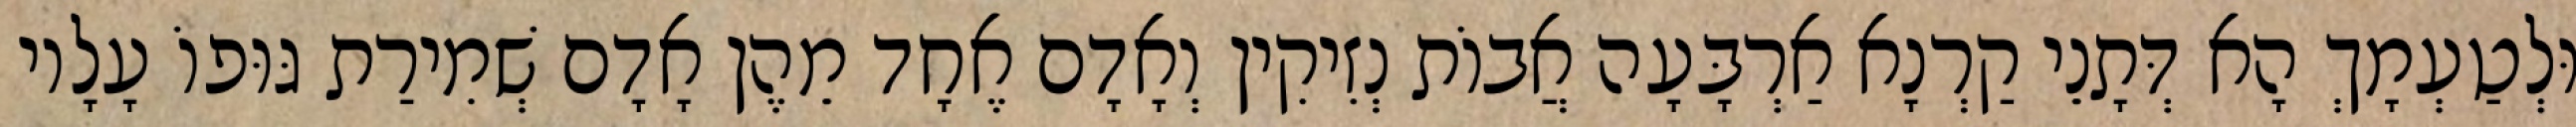
וּלְטַעְמָךְ הָא דְּתָנֵי קַרְנָא אַרְבָּעָה אֲבוֹת נְזִיקִין וְאָדָם אֶחָד מֵהֶן אָדָם שְׁמִירַת גּוּפוֹ עָלָיו